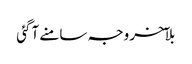
بلآخر وجہ سامنے آگئی